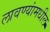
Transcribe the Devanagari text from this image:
लावण्यांमधील